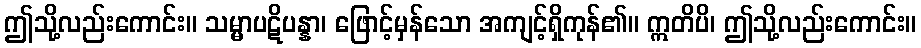
ဤသို့လည်းကောင်း။ သမ္မာပဋိပန္နာ၊ ဖြောင့်မှန်သော အကျင့်ရှိကုန်၏။ ဣတိပိ၊ ဤသို့လည်းကောင်း။